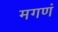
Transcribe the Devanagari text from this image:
मगणं